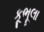
કૂભૂલા